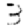
Digit: 3